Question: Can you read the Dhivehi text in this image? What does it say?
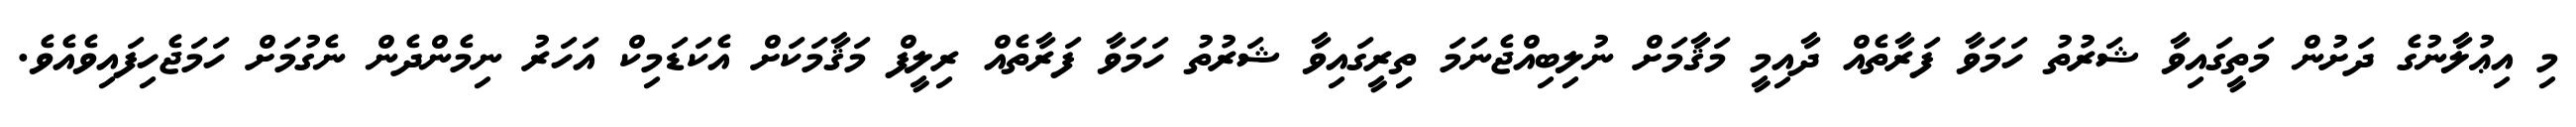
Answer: މި އިޢުލާނުގެ ދަށުން މަތީގައިވާ ޝަރުތު ހަމަވާ ފަރާތެއް ދާއިމީ މަޤާމަށް ނުލިބިއްޖެނަމަ ތިރީގައިވާ ޝަރުތު ހަމަވާ ފަރާތެއް ރިލީފް މަޤާމަކަށް އެކަޑަމިކް އަހަރު ނިމެންދެން ނެގުމަށް ހަމަޖެހިފައިވެއެވެ.